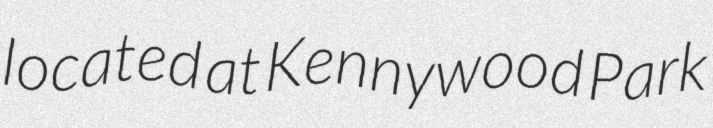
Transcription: located at Kennywood Park